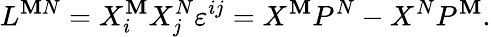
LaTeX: L^{\mathbf{M}N}=X_{i}^{\mathbf{M}}X_{j}^{N}\varepsilon^{ij}=X^{\mathbf{M}}P^{N}-X^{N}P^{\mathbf{M}}.